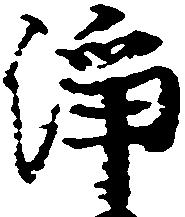
浄